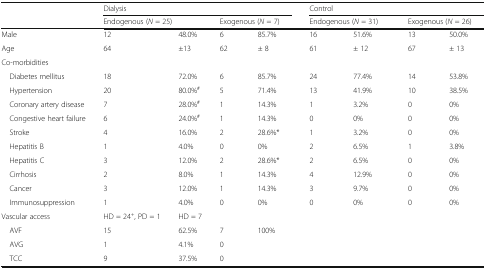
|  | <COLSPAN=4> Dialysis | <COLSPAN=4> Control |
 |  | <COLSPAN=2> Endogenous (N = 25) | <COLSPAN=2> Exogenous (N = 7) | <COLSPAN=2> Endogenous (N = 31) | <COLSPAN=2> Exogenous (N = 26) |
 | --- | --- | --- | --- | --- | --- | --- | --- | --- |
 | Male | 12 | 48.0% | 6 | 85.7% | 16 | 51.6% | 13 | 50.0% |
 | Age | 64 | ±13 | 62 | ± 8 | 61 | ± 12 | 67 | ± 13 |
 | Co-morbidities |  |  |  |  |  |  |  |  |
 | Diabetes mellitus | 18 | 72.0% | 6 | 85.7% | 24 | 77.4% | 14 | 53.8% |
 | Hypertension | 20 | 80.0%# | 5 | 71.4% | 13 | 41.9% | 10 | 38.5% |
 | Coronary artery disease | 7 | 28.0%# | 1 | 14.3% | 1 | 3.2% | 0 | 0% |
 | Congestive heart failure | 6 | 24.0%# | 1 | 14.3% | 0 | 0% | 0 | 0% |
 | Stroke | 4 | 16.0% | 2 | 28.6%* | 1 | 3.2% | 0 | 0% |
 | Hepatitis B | 1 | 4.0% | 0 | 0% | 2 | 6.5% | 1 | 3.8% |
 | Hepatitis C | 3 | 12.0% | 2 | 28.6%* | 2 | 6.5% | 0 | 0% |
 | Cirrhosis | 2 | 8.0% | 1 | 14.3% | 4 | 12.9% | 0 | 0% |
 | Cancer | 3 | 12.0% | 1 | 14.3% | 3 | 9.7% | 0 | 0% |
 | Immunosuppression | 1 | 4.0% | 0 | 0% | 0 | 0% | 0 | 0% |
 | Vascular access | HD = 24+, PD = 1 | HD = 7 |  |  |  |  |  |  |
 | AVF | 15 | 62.5% | 7 | 100% |  |  |  |  |
 | AVG | 1 | 4.1% | 0 |  |  |  |  |  |
 | TCC | 9 | 37.5% | 0 |  |  |  |  |  |